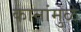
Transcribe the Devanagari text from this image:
कानांमुळे